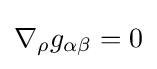
\nabla _{\rho }g_{\alpha \beta }=0